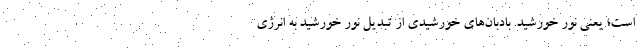
است؛ یعنی نور خورشید. بادبان‌های خورشیدی از تبدیل نور خورشید به انرژی